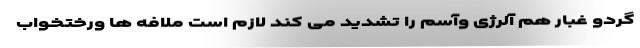
گردو غبار هم آلرژی وآسم را تشدید می کند لازم است ملافه ها ورختخواب